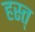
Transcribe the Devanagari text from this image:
हस्त्